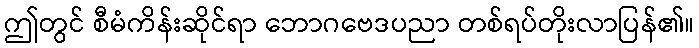
ဤတွင် စီမံကိန်းဆိုင်ရာ ဘောဂဗေဒပညာ တစ်ရပ်တိုးလာပြန်၏။